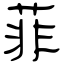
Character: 菲